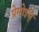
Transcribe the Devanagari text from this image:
प्रेमोइस्